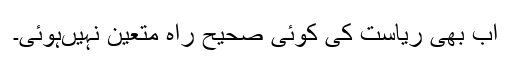
اب بھی ریاست کی کوئی صحیح راہ متعین نہیںہوئی۔